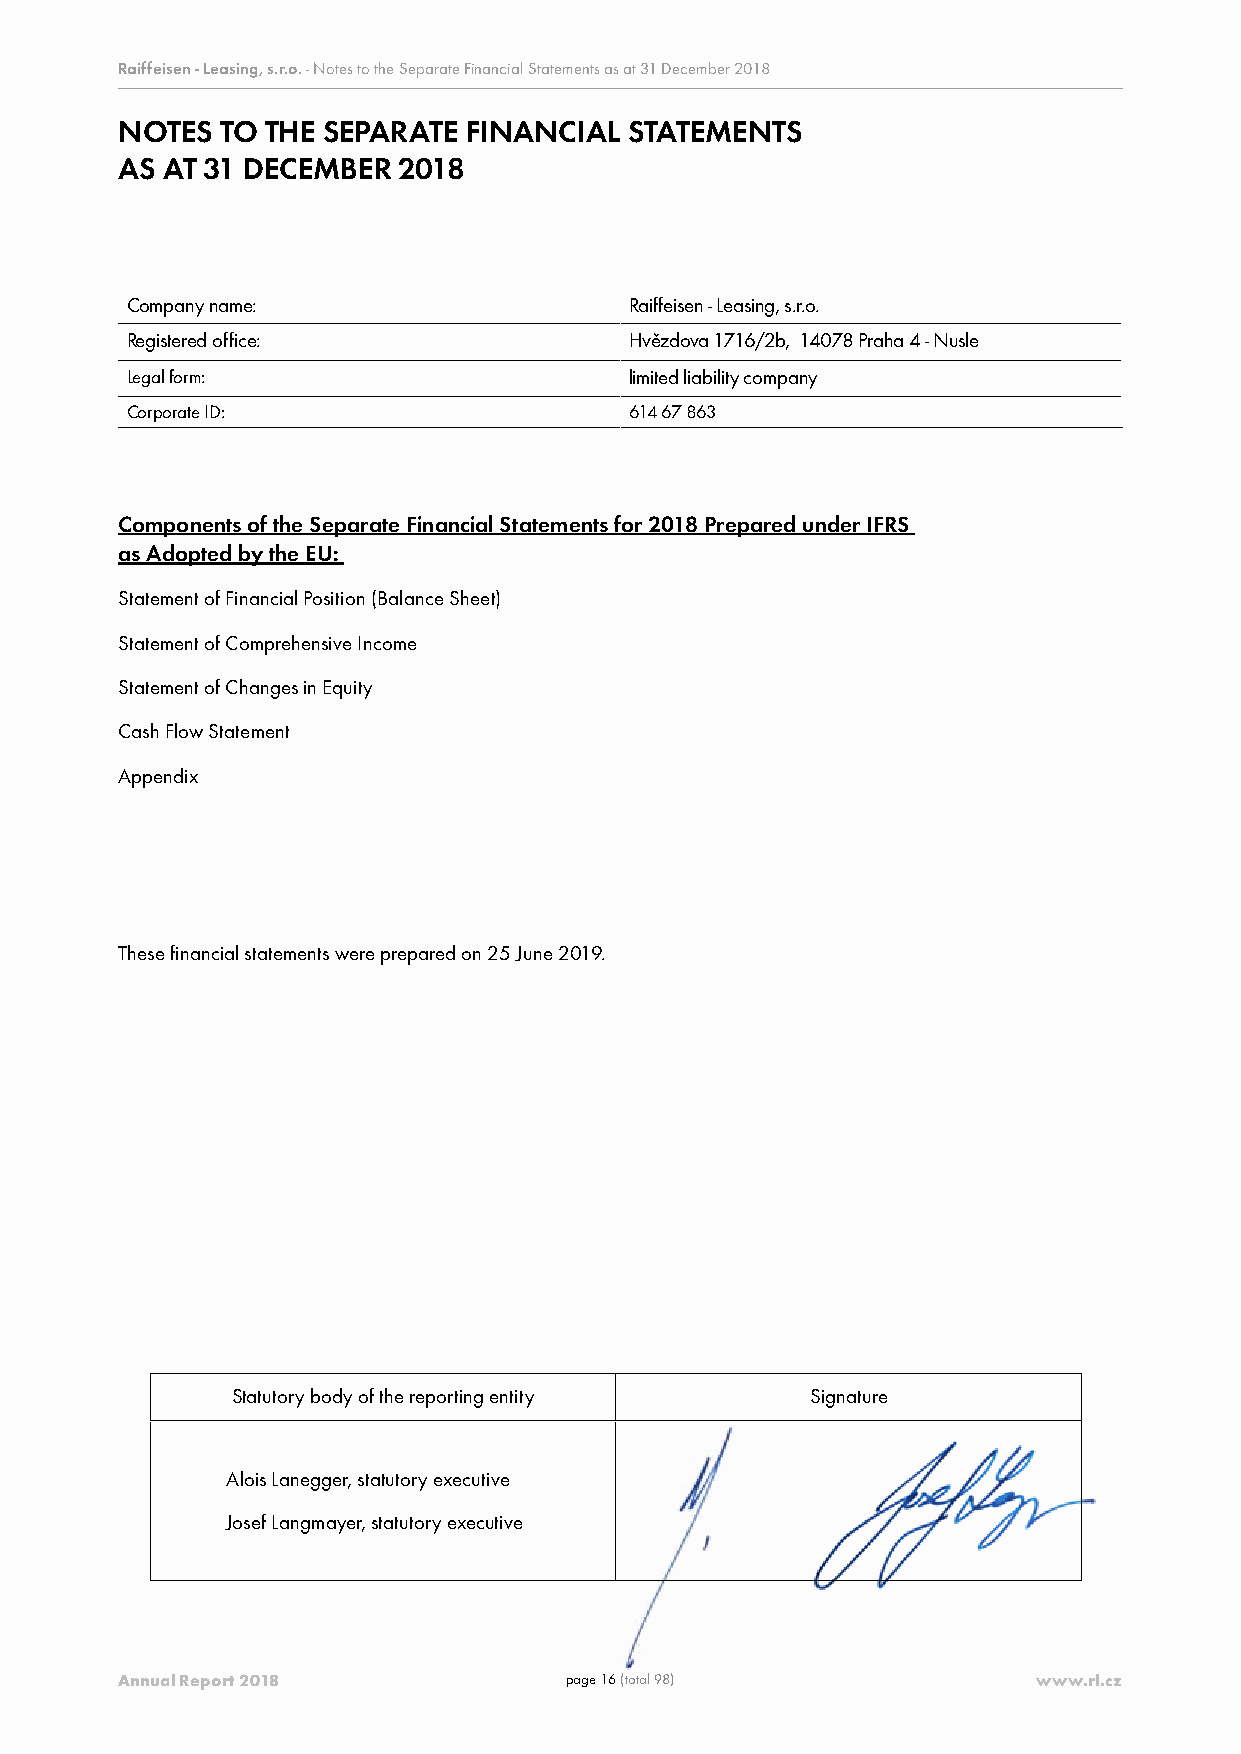
Raiffeisen - Leasing, s.r.o. - Notes to the Separate Financial Statements as at 31 December 2018
 NOTES  TO THE SEPARATE FINANCIAL  STATEMENTS
 AS AT 31 DECEMBER 2018
 Company name:                     Raiffeisen - Leasing, s.r.o.
 Registered office:                Hvězdova 1716/2b, 14078 Praha 4 - Nusle
 Legal form:                       limited liability company
 Corporate ID:                     614 67 863
 Components of the Separate Financial Statements for 2018 Prepared under IFRS
 as Adopted by the EU:
 Statement of Financial Position (Balance Sheet)
 Statement of Comprehensive Income
 Statement of Changes in Equity
 Cash Flow Statement
 Appendix
 These financial statements were prepared on 25 June 2019.
 Statutory body of the reporting entity Signature
 Alois Lanegger, statutory executive
 Josef Langmayer, statutory executive
 Annual Report 2018           page 16 (total 98)              www.rl.cz